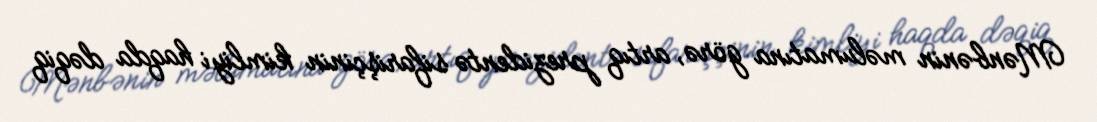
Mənbənin məlumatına görə, artıq prezidentə sifarişçinin kimliyi haqda dəqiq